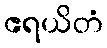
ဧရယိတံ